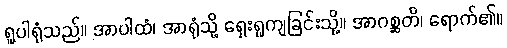
ရူပါရုံသည်။ အာပါထံ၊ အာရုံသို့ ရှေးရှုကျခြင်းသို့။ အာဂစ္ဆတိ၊ ရောက်၏။